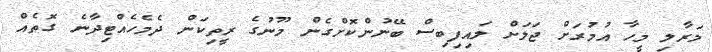
މަރާލި މީހާ އުމުރަށް ޖަލަށް ލައިފިބިސް ބޭނުންކޮށްގެން މޫނުގެ ރީތިކަން ދެމެހެއްޓިދާނެ ގޮތެއް